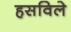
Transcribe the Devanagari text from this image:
हसविले